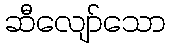
ဆီလျော်သော